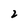
Character: 2